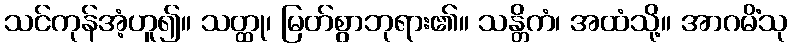
သင်ကုန်အံ့ဟူ၍။ သတ္ထု၊ မြတ်စွာဘုရား၏။ သန္တိကံ၊ အထံသို့။ အာဂမိံသု